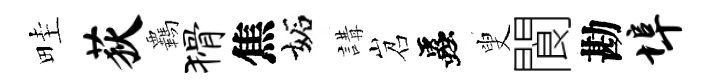
畦荻覊猾焦妬講岧蟲叟閬勘埠